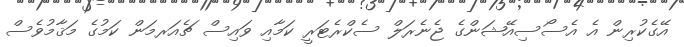
އޭގެކުރިން އެ އެސޯސިއޭޝަންގެ ޖެނެރަލް ސެކްރެޓަރީ ކަމާއި ވައިސް ޗެއަރމަން ކަމުގެ މަޤާމުވެސް